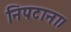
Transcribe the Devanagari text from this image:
निपटाना।